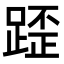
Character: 𨂿